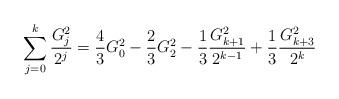
LaTeX: \begin{align*}\sum_{j = 0}^k {\frac{{G_j^2 }}{{2^j }}} = \frac{4}{3}G_0^2 - \frac{2}{3}G_2^2 - \frac{1}{3}\frac{{G_{k + 1}^2 }}{{2^{k - 1} }} + \frac{1}{3}\frac{{G_{k + 3}^2 }}{{2^k }}\end{align*}